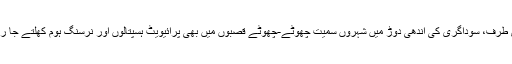
دوسری طرف، سوداگری کی اَندھِی دوڑ میں شہروں سَمیت چھوٹے-چھوٹے قصبوں میں بھی پرائیویٹ ہسپتالوں اَور نرسنگ ہوم کھُلتے جا رہے ہیں۔